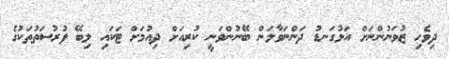
ދިވެހި ޒުވަނުންނަށް އަޅުގަނޑު ދަންނަވާލަން ބޭނުންވަނީ ކުރިއަށް ދިއުމަށް ޓަކައި ލިބޭ ފުރުސަތުތަކުގެ